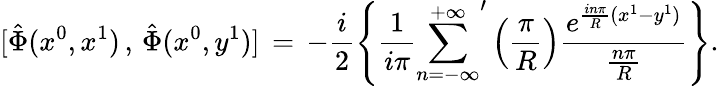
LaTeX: \mathrm{}[\hat{\Phi}(x^{0},x^{1})\, ,\, \hat{\Phi}(x^{0},y^{1})]\, =\, -\frac{i}{2}\left\{ \frac{1}{i\pi}{\sum_{n=-\infty}^{+\infty}}^{\prime}\left(\frac{\pi}{R}\right)\frac{e^{\frac{in\pi}{R}(x^{1}-y^{1})}}{\frac{n\pi}{R}}\right\} .